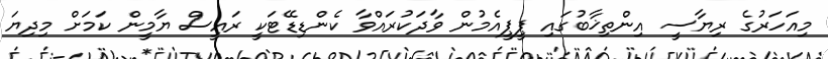
މިއަހަރުގެ ރިޔާސީ އިންތިޚާބުގައި ޕީޕީއެމުން ވާދަކުރައްވާ ކެންޑިޑޭޓަކީ ރައީސް ޔާމީން ކަމަށް މިދިޔަ